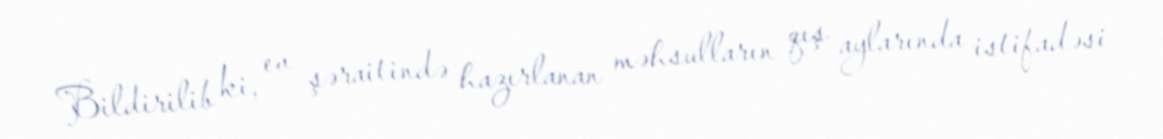
Bildirilib ki, ev şəraitində hazırlanan məhsulların qış aylarında istifadəsi